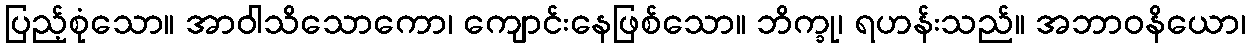
ပြည့်စုံသော။ အာဝါသိသောကော၊ ကျောင်းနေဖြစ်သော။ ဘိက္ခု၊ ရဟန်းသည်။ အဘာဝနိယော၊